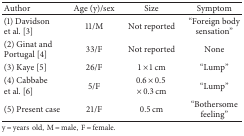
<table><thead><tr><td><b>Author</b></td><td><b>Age (y)/sex</b></td><td><b>Size</b></td><td><b>Symptom</b></td></tr></thead><tbody><tr><td>(1) Davidson et al. [3]</td><td>11/M</td><td>Not reported</td><td>“Foreign body sensation”</td></tr><tr><td>(2) Ginat and Portugal [4]</td><td>33/F</td><td>Not reported</td><td>None</td></tr><tr><td>(3) Kaye [5]</td><td>26/F</td><td>1 × 1 cm</td><td>“Lump”</td></tr><tr><td>(4) Cabbabe et al. [6]</td><td>5/F</td><td>0.6 × 0.5 × 0.3 cm</td><td>“Lump”</td></tr><tr><td>(5) Present case</td><td>21/F</td><td>0.5 cm</td><td>“Bothersome feeling”</td></tr></tbody></table>